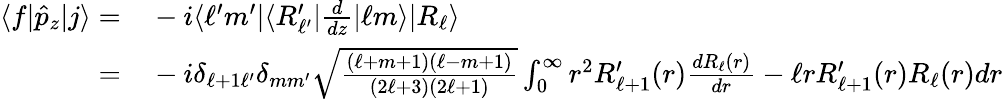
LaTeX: \begin{array}{rl}{\langle f|\hat{p}_{z}|j\rangle=}&{{}-i\langle\ell^{\prime}m^{\prime}|\langle R_{\ell^{\prime}}^{\prime}|\frac{d}{dz}|\ell m\rangle|R_{\ell}\rangle}\\ {=}&{{}-i\delta_{\ell+1\ell^{\prime}}\delta_{mm^{\prime}}\sqrt{\frac{(\ell+m+1)(\ell-m+1)}{(2\ell+3)(2\ell+1)}}\int_{0}^{\infty}r^{2}R_{\ell+1}^{\prime}(r)\frac{dR_{\ell}(r)}{dr}-\ell rR_{\ell+1}^{\prime}(r)R_{\ell}(r)dr}\end{array}